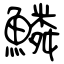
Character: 鱗